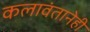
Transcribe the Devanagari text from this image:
कलावंतानेही